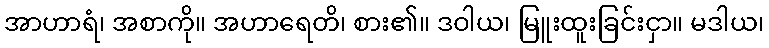
အာဟာရံ၊ အစာကို။ အဟာရေတိ၊ စား၏။ ဒဝါယ၊ မြူးထူးခြင်းငှာ။ မဒါယ၊